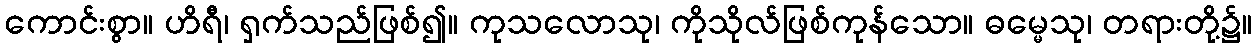
ကောင်းစွာ။ ဟိရီ၊ ရှက်သည်ဖြစ်၍။ ကုသလောသု၊ ကိုသိုလ်ဖြစ်ကုန်သော။ ဓမ္မေသု၊ တရားတို့၌။